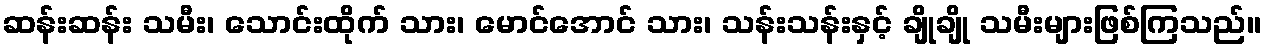
ဆန်းဆန်း သမီး၊ သောင်းထိုက် သား၊ မောင်အောင် သား၊ သန်းသန်းနှင့် ချိုချို သမီးများဖြစ်ကြသည်။